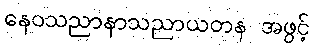
နေဝသညာနာသညာယတန အဖွင့်